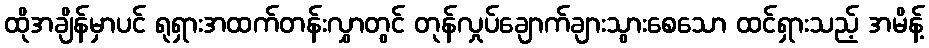
ထိုအချိန်မှာပင် ရုရှားအထက်တန်းလွှာတွင် တုန်လှုပ်ချောက်ချားသွားစေသော ထင်ရှားသည့် အမိန့်